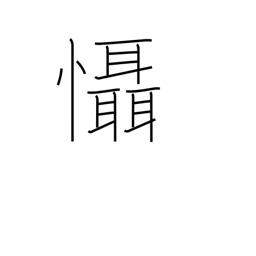
Meaning: fear